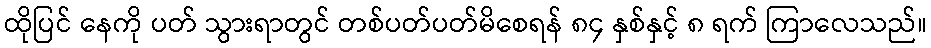
ထိုပြင် နေကို ပတ် သွားရာတွင် တစ်ပတ်ပတ်မိစေရန် ၈၄ နှစ်နှင့် ၈ ရက် ကြာလေသည်။